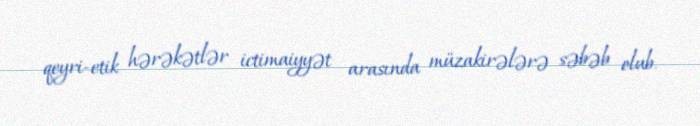
qeyri-etik hərəkətlər ictimaiyyət arasında müzakirələrə səbəb olub.